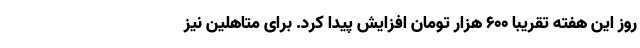
روز این هفته تقریبا 600 هزار تومان افزایش پیدا کرد. برای متاهلین نیز